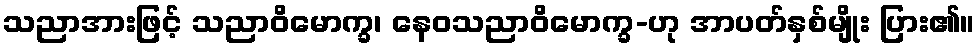
သညာအားဖြင့် သညာဝိမောက္ခ၊ နေဝသညာဝိမောက္ခ-ဟု အာပတ်နှစ်မျိုး ပြား၏။